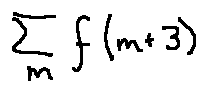
\sum \limits _ { m } f ( m + 3 )